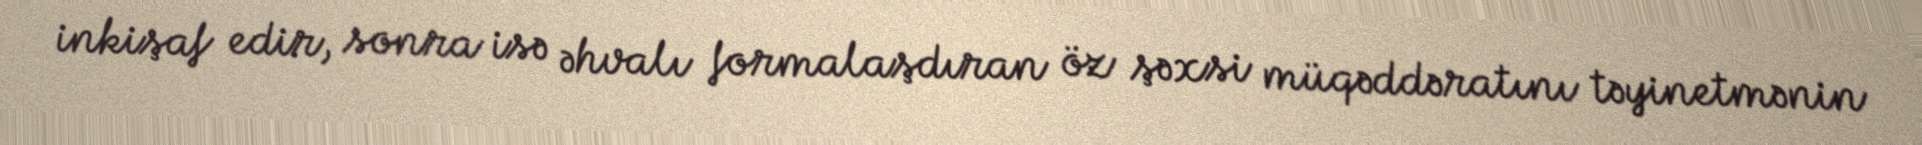
inkişaf edir, sonra isə əhvalı formalaşdıran öz şəxsi müqəddəratını təyinetmənin